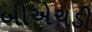
બીએચડી